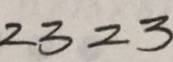
2 3 2 3